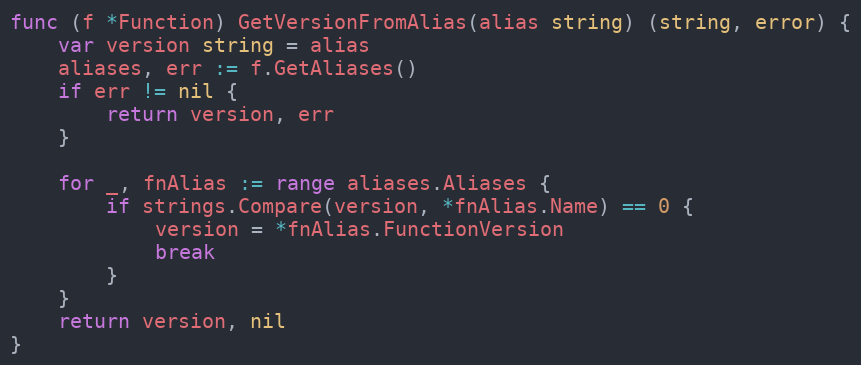
Language: Go
func (f *Function) GetVersionFromAlias(alias string) (string, error) {
	var version string = alias
	aliases, err := f.GetAliases()
	if err != nil {
		return version, err
	}

	for _, fnAlias := range aliases.Aliases {
		if strings.Compare(version, *fnAlias.Name) == 0 {
			version = *fnAlias.FunctionVersion
			break
		}
	}
	return version, nil
}